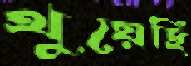
থুয়েছি